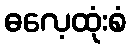
ဓလေ့ထုံးစံ